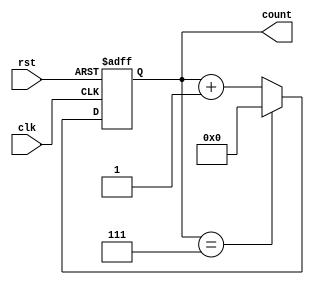
module ModulusCounter (
    input wire clk,
    input wire rst,
    output reg [3:0] count
);

parameter MODULUS = 8; // Specify the maximum count value

always @(posedge clk or posedge rst) begin
    if (rst) begin
        count <= 4'b0000; // Reset counter to starting value
    end else begin
        if (count == MODULUS - 1) begin
            count <= 4'b0000; // Reset counter if maximum value is reached
        end else begin
            count <= count + 1; // Increment counter by one
        end
    end
end

endmodule